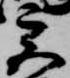
宮